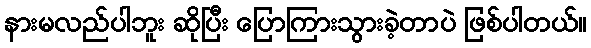
နားမလည်ပါဘူး ဆိုပြီး ပြောကြားသွားခဲ့တာပဲ ဖြစ်ပါတယ်။